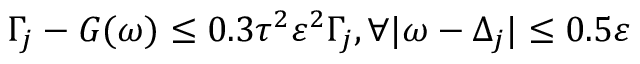
\Gamma _ { j } - G ( \omega ) \leq 0 . 3 \tau ^ { 2 } \varepsilon ^ { 2 } \Gamma _ { j } , \forall | \omega - \Delta _ { j } | \leq 0 . 5 \varepsilon